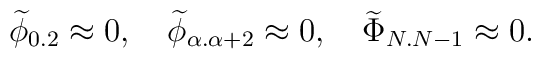
{\widetilde\phi}_{0.2}\approx 0,\quad{\widetilde\phi}_{\alpha.\alpha+2}\approx 0,\quad {\widetilde\Phi}_{N.N-1}\approx 0.